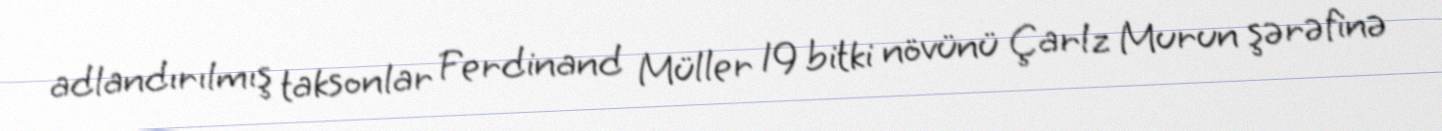
adlandırılmış taksonlar Ferdinand Müller 19 bitki növünü Çarlz Murun şərəfinə